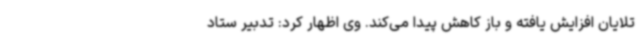
تلایان افزایش یافته و باز کاهش پیدا می‌کند. وی اظهار کرد: تدبیر ستاد